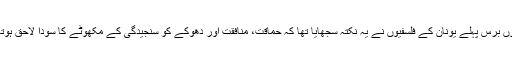
ہزاروں برس پہلے یونان کے فلسفیوں نے یہ نکتہ سجھایا تھا کہ حماقت، منافقت اور دھوکے کو سنجیدگی کے مکھوٹے کا سودا لاحق ہوتا ہے۔